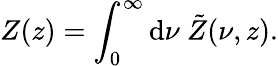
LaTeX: Z(z)=\int_{0}^{\infty}\mathrm{d}\nu\ \tilde{{Z}}(\nu,z).